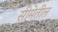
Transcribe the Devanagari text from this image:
सीमेतील